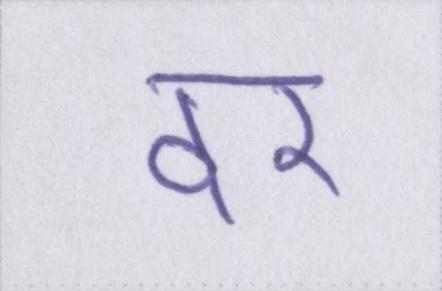
दर